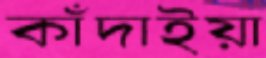
কাঁদাইয়া